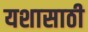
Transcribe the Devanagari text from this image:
यशासाठी